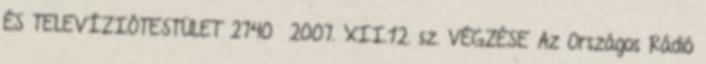
ÉS TELEVÍZIÓTESTÜLET 2740 2007. XII.12. sz. VÉGZÉSE Az Országos Rádió